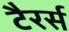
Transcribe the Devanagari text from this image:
टैरर्स